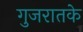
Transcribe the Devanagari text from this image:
गुजरातके